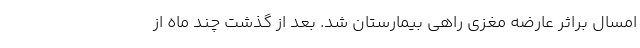
امسال براثر عارضه مغزی راهی بیمارستان شد. بعد از گذشت چند ماه از